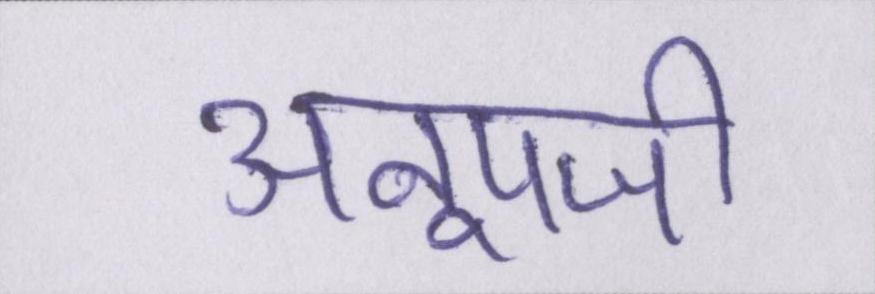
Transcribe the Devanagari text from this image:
अनूपजी